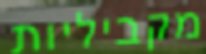
מקביליות